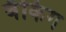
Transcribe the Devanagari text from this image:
बँकिग